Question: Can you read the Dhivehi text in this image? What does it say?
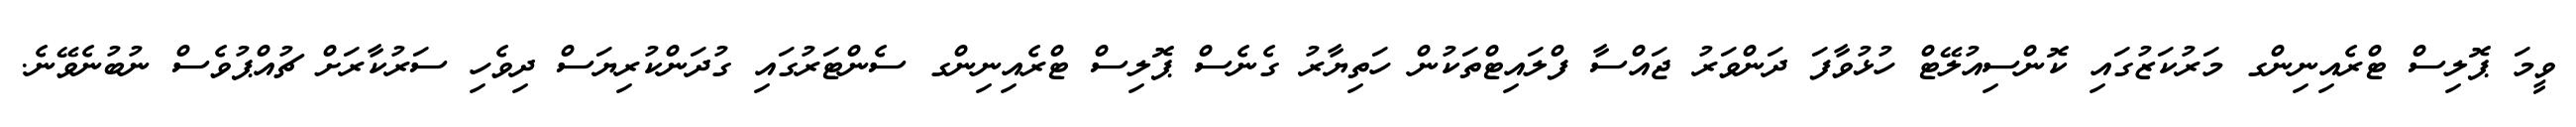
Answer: ވީމަ ޕޮލިސް ޓްރެއިނިންގ މަރުކަޒުގައި ކޮންސިއުލޭޓް ހުޅުވާފަ ދަންވަރު ޖައްސާ ފްލައިޓްތަކުން ހަތިޔާރު ގެނެސް ޕޮލިސް ޓްރެއިނިންގ ސެންޓަރުގައި ގުދަންކުރިޔަސް ދިވެހި ސަރުކާރަށް ޗުއްޕުވެސް ނުބުނެވޭނެ.